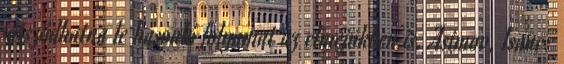
játszódhatna le hasonló folyamat az elméjükben is. Asimov, Isaac: